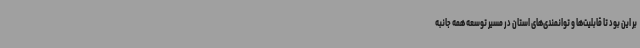
بر این بود تا قابلیت‌ها و توانمندی‌های استان در مسیر توسعه همه جانبه